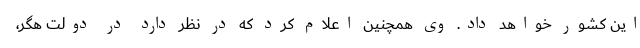
این کشور خواهد داد. وی همچنین اعلام کرد که در نظر دارد در دولت هگر،